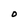
Character: O